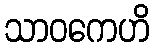
သာဝကေဟိ